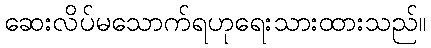
ဆေးလိပ်မသောက်ရဟုရေးသားထားသည်။